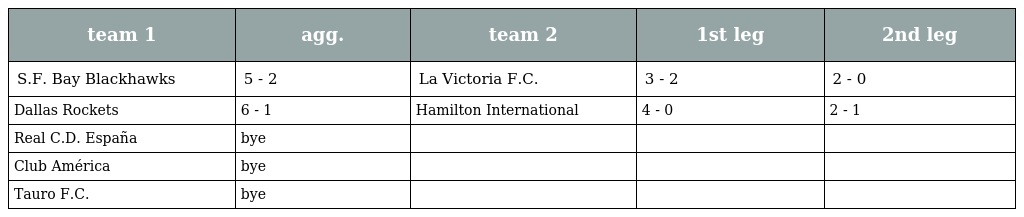
| team 1 | agg. | team 2 | 1st leg | 2nd leg |
 | --- | --- | --- | --- | --- |
 | S.F. Bay Blackhawks | 5 - 2 | La Victoria F.C. | 3 - 2 | 2 - 0 |
 | Dallas Rockets | 6 - 1 | Hamilton International | 4 - 0 | 2 - 1 |
 | Real C.D. España | bye |  |  |  |
 | Club América | bye |  |  |  |
 | Tauro F.C. | bye |  |  |  |